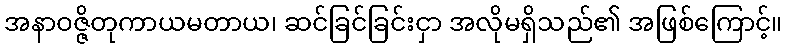
အနာဝဇ္ဇိတုကာယမတာယ၊ ဆင်ခြင်ခြင်းငှာ အလိုမရှိသည်၏ အဖြစ်ကြောင့်။